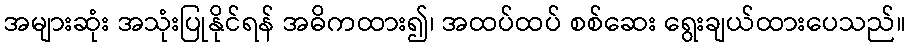
အများဆုံး အသုံးပြုနိုင်ရန် အဓိကထား၍၊ အထပ်ထပ် စစ်ဆေး ရွေးချယ်ထားပေသည်။